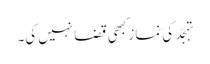
تہجّد کی نماز کبھی قضا نہیں کی۔